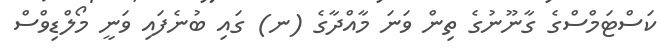
ކަސްޓަމްސްގެ ގާނޫނުގެ ތިން ވަނަ މާއްދާގެ (ނ) ގައި ބުނެފައި ވަނީ މޯލްޑިވްސް